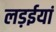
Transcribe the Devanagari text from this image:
लड़ईयां